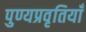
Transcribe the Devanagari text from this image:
पुण्यप्रवृतियाँ